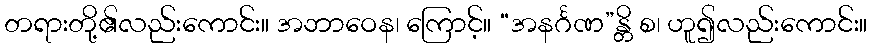
တရားတို့၏လည်းကောင်း။ အဘာဝေန၊ ကြောင့်။ “အနင်္ဂဏ”န္တိ စ၊ ဟူ၍လည်းကောင်း။